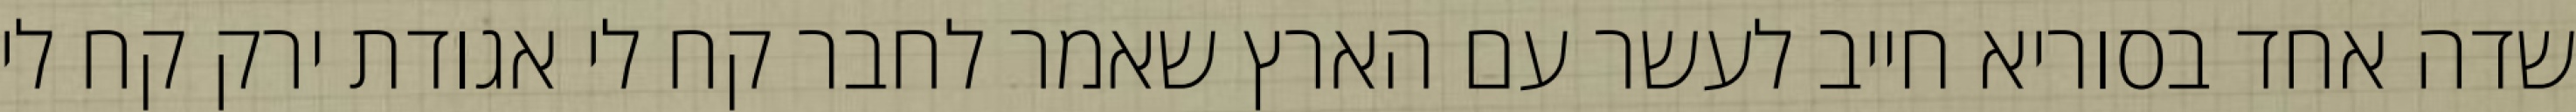
שדה אחד בסוריא חייב לעשר עם הארץ שאמר לחבר קח לי אגודת ירק קח לי